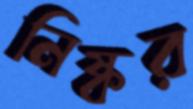
নিষ্কর